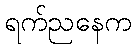
ရက်ညနေက